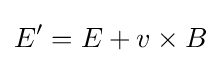
E'=E+v\times B